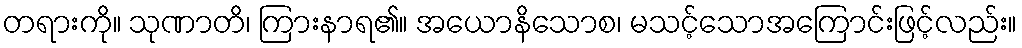
တရားကို။ သုဏာတိ၊ ကြားနာရ၏။ အယောနိသောစ၊ မသင့်သောအကြောင်းဖြင့်လည်း။